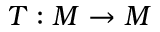
T : M \to M